Indian journal of veterinary science and animal husbandry - Volumes 18-21, 1948-1951
Year: 1948
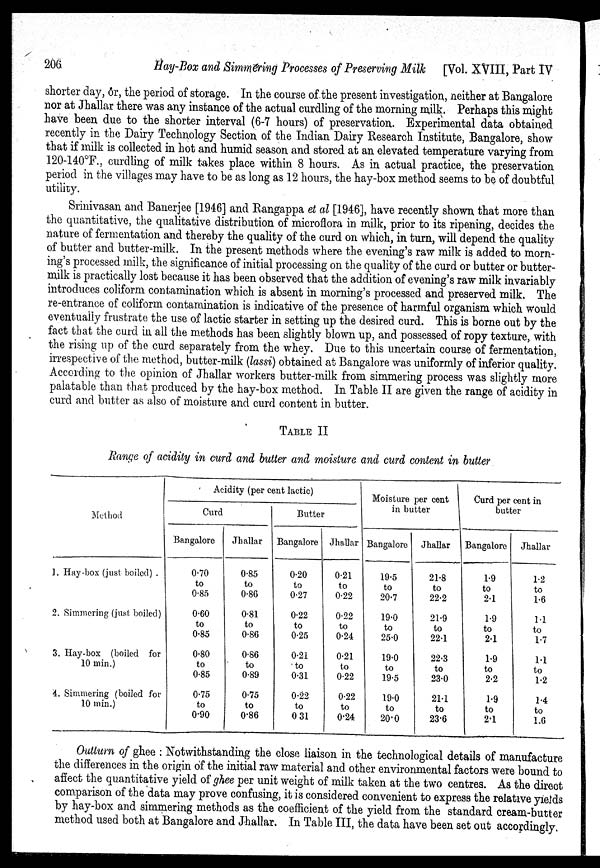
206
Hay-Box and Simmering Processes of Preserving Milk
[Vol. XVIII, Part IV
shorter day, or, the period of storage. In the course of the present investigation, neither at Bangalore
nor at Jhallar there was any instance of the actual curdling of the morning milk. Perhaps this might
have been due to the shorter interval (6.7 hours) of preservation. Experimental data obtained
recently in the Dairy Technology Section of the Indian Dairy Research Institute, Bangalore, show
that if milk is collected in hot and humid season and stored at an elevated temperature varying from
120-140°F., curdling of milk takes place within 8 hours. As in actual practice, the preservation
period in the villages may have to be as long as 12 hours, the hay-box method seems to be of doubtful
utility.
Srinivasan and Banerjee [1946] and Rangappa et al [1946], have recently shown that more than
the quantitative, the qualitative distribution of microflora in milk, prior to its ripening, decides the
nature of fermentation and thereby the quality of the curd on which, in turn, will depend the quality
of butter and butter-milk. In the present methods where the evening's raw milk is added to morn-
ing's processed milk, the significance of initial processing on the quality of the curd or butter or butter-
milk is practically lost because it has been observed that the addition of evening's raw milk invariably
introduces coliform contamination which is absent in morning's processed and preserved milk. The
re-entrance of coliform contamination is indicative of the presence of harmful organism which would
eventually frustrate the use of lactic starter in setting up the desired curd. This is borne out by the
fact that the curd in all the methods has been slightly blown up, and possessed of ropy texture, with
the rising up of the curd separately from the whey. Due to this uncertain course of fermentation,
irrespective of the method, butter-milk (lassi) obtained at Bangalore was uniformly of inferior quality.
According to the opinion of Jhallar workers butter-milk from simmering process was slightly more
palatable than that produced by the hay-box method. In Table II are given the range of acidity in
curd and butter as also of moisture and curd content in butter.
TABLE II
Range of acidity in curd and butter and moisture and curd content in butter
Method
1. Hay-box (just boiled) .
2. Simmering (just boiled)
3. Hay-box (boiled for
10 min.)
4. Simmering (boiled for
10 min.)
Acidity (per cent lactic)
Curd
Bangalore
0.70
to
0.85
0.60
to
0.85
0.80
to
0.85
0.75
to
0.90
Jhallar
0.85
to
0.86
0.81
to
0.86
0.86
to
0.89
0.75
to
0.86
Butter
Bangalore
0.20
to
0.27
0.22
to
0.25
0.21
to
0.31
0.22
to
0 31
1
Jhallar
0.21
to
0.22
0.22
to
0.24
0.21
to
0.22
0.22
to
0.24
Moisture per cent
in butter
Bangalore
19.5
to
20.7
19.0
to
25.0
19.0
to
19.5
19.0
to
20.0
Jhallar
21.8
to
22.2
21.9
to
22.1
22.3
to
23.0
21.1
to
23.6
Curd per cent in
butter
Bangalore
1.9
to
2.1
1.9
to
2.1
1.9
to
2.2
1.9
to
2.1
Jhallar
1.2
to
1.6
1.1
to
1.7
1.1
to
1.2
1.4
to
1.0
Outturn of ghee : Notwithstanding the close liaison in the technological details of manufacture
the differences in the origin of the initial raw material and other environmental factors were bound to
affect the quantitative yield of ghee per unit weight of milk taken at the two centres. As the direct
comparison of the data may prove confusing, it is considered convenient to express the relative yields
by hay-box and simmering methods as the coefficient of the yield from the standard cream-butter
method used both at Bangalore and Jhallar. In Table III, the data have been set out accordingly.